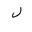
Letter: _lam